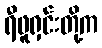
ရီဖူရှင်းတို့က